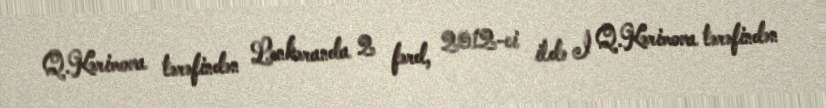
Q.Kərimova tərəfindən Lənkəranda 2 fərd, 2012-ci ildə İ Q.Kərimova tərəfindən